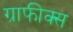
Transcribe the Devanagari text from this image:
ग्राफीक्स